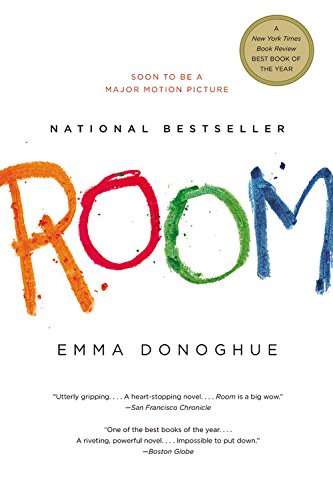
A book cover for Room: A Novel; Emma Donoghue; Mystery, Thriller & Suspense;